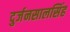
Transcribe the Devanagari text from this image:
दुर्जनसालसिंह